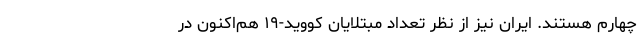
چهارم هستند. ایران نیز از نظر تعداد مبتلایان کووید-۱۹ هم‌اکنون در